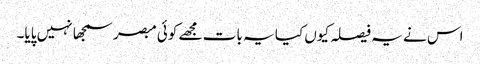
اس نے یہ فیصلہ کیوں کیا یہ بات مجھے کوئی مبصر سمجھا نہیں پایا۔